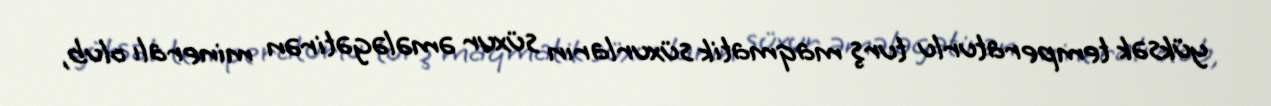
yüksək temperaturlu turş maqmatik süxurların süxur əmələgətirən mineralı olub,